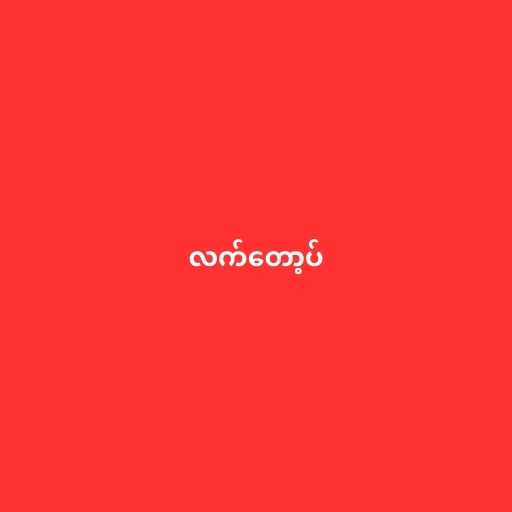
လက်တော့ပ်